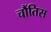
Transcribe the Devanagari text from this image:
चौंतिस